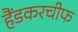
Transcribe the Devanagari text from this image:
हैंडकरचीफ